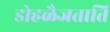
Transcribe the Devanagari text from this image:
डोहळैजताति